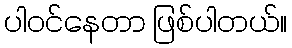
ပါဝင်နေတာ ဖြစ်ပါတယ်။